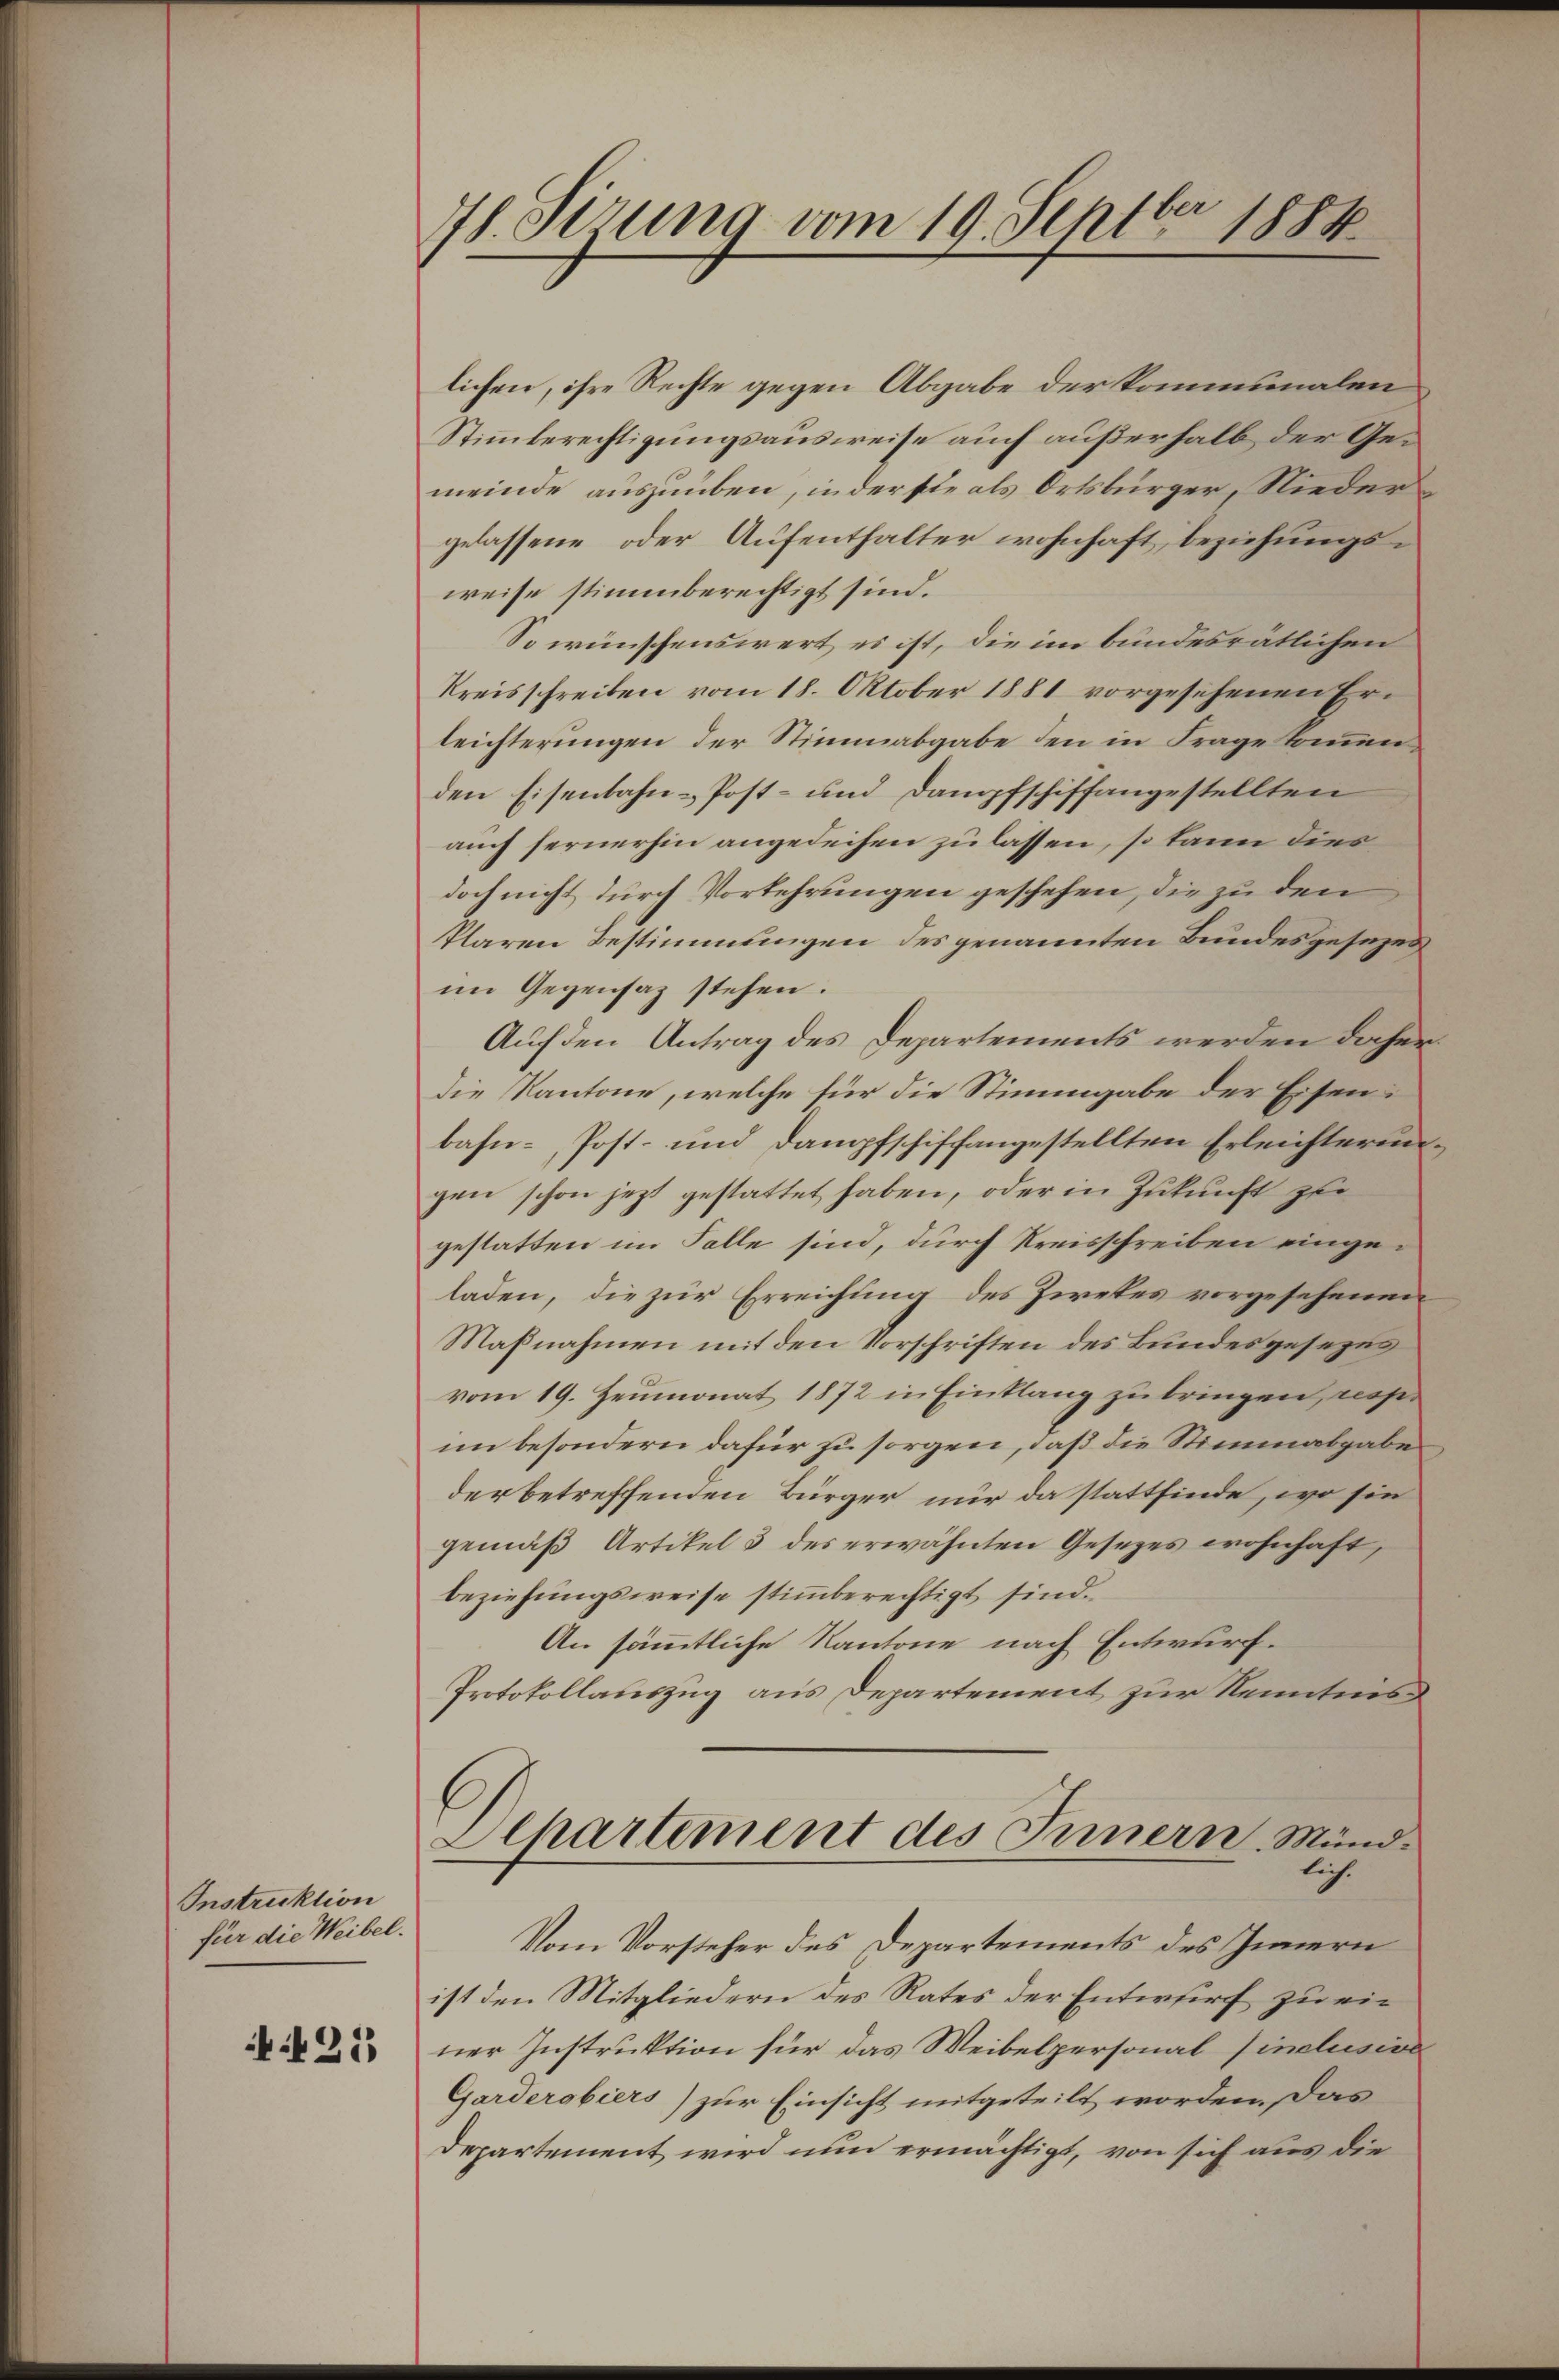
Instruktion
für die Weibel.

421

78. Stzung vom 19. Septbr 1884

lichen, ihre Rechte gegen Abgabe der kommunalen
Stimmberechtigungsausweise auch außerhalb der Gemeinde auszuüben, inder sie als Ortsbürger, Niedergelassene oder Aufenthalter wohnhaft, beziehungsweise stimmberechtigt sind.
So wünschenswert, es ist, die im bundesrätlichen
Kreisschreiben vom 18. Oktober 1881 vorgesehenen Erleichterungen der Stimmabgabe den in Frage kommen
den Eisenbahn-Post- und Dampfschiffangestellten
auch fernerhin angedeihen zu lassen, so kann dies
doch nicht durch Vorkehrungen geschehen, die zu den
klaren Bestimmungen des genannten Bundesgesezen
im Gegensatz stehen.
Auf den Antrag des Departements werden daher
die Kantone, welche für die Stimmgabe der Eisen:
bahn- Post- und Dampfschiffangestellten Erleichterungen schon jetzt gestattet haben, oder in Zukunft zu
gestatten im Falle sind, durch Kreisschreiben eingeladen, die zur Erreichung des Ziekes vorgesehenen
Maßnahmen mit den Vorschriften des Bundesgesezes
vom 19. Heumonat 1872 in Eintlang zu bringen, resp.
im besondern dafür zu sorgen, daß die Stimmabgabe
der betreffenden Bürger nur da stattfinde, wo sie
gemäβ Artikel 3 des erwähnten Gesezes wohnhaft,
beziehungsweise stimmberechtigt sind.
An sämmtliche Kantone nach Entwurf.
Protokollauszug aus Departement zur Kenntens
Departement des Innern. Mündlich.
Vom Vorsteher des Departements des Innern
ist den Mitgliedern des Rates der Entwurf zu ein
ner Instruktion für das Weibelpersonal (inclusive
Garderobiers) zur Einsicht mitgeteilt worden. Das
Departement wird nun ermächtigt, von sich aus die